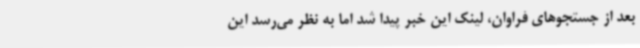
بعد از جستجوهای فراوان، لینک این خبر پیدا شد اما به نظر می‌رسد این